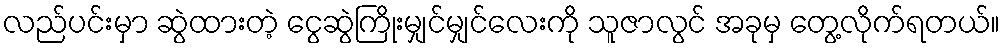
လည်ပင်းမှာ ဆွဲထားတဲ့ ငွေဆွဲကြိုးမျှင်မျှင်လေးကို သူဇာလွင် အခုမှ တွေ့လိုက်ရတယ်။